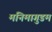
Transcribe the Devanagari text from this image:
मनिमागुडम